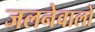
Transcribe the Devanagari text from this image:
जलनेवालों